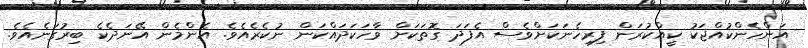
އަންހެންކުއްޖަކު ކީއްކުރަން ފިރިހެނަކަށްވެސް އެފަދަ ގޮތަކަށް ވާހަކަދައްކަން ނުކެރެއެވެ. އެންމެން އޭނަދެކެ ބިރުގަނެއެވެ.